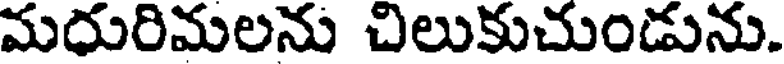
మదురిమలను చిలుకుచుండును.